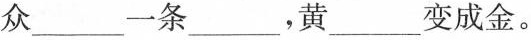
众___一条___，黄___变成金。